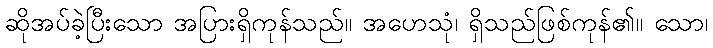
ဆိုအပ်ခဲ့ပြီးသော အပြားရှိကုန်သည်။ အဟေသုံ၊ ရှိသည်ဖြစ်ကုန်၏။ သော၊